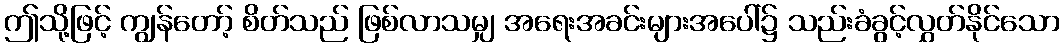
ဤသို့ဖြင့် ကျွန်တော့် စိတ်သည် ဖြစ်လာသမျှ အရေးအခင်းများအပေါ်၌ သည်းခံခွင့်လွှတ်နိုင်သော